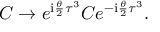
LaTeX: C \rightarrow e ^ { \mathrm { i } { \frac { \theta } { 2 } } \tau ^ { 3 } } C e ^ { - \mathrm { i } { \frac { \theta } { 2 } } \tau ^ { 3 } } .